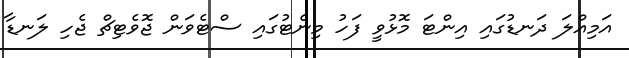
އަމިއްލަ ދަނޑުގައި އިންޓަ މޮޅުވީ ފަހު މިނެޓުގައި ސްޓެވަން ޖޮވެޓިޗް ޖެހި ލަނޑާ